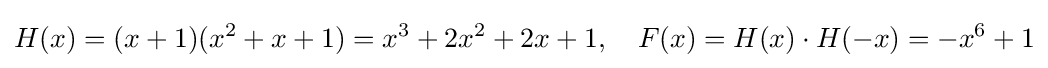
H(x)=(x+1)(x^{2}+x+1)=x^{3}+2x^{2}+2x+1,\ \ \ F(x)=H(x)\cdot H(-x)=-x^{6}+1